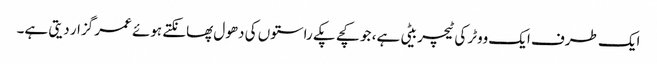
ایک طرف ایک ووٹر کی ٹیچر بیٹی ہے، جو کچے پکے راستوں کی دھول پھانکتے ہوئے عمر گزار دیتی ہے۔